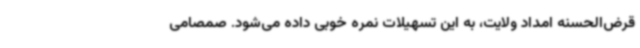
قرض‌الحسنه امداد ولایت، به این تسهیلات نمره خوبی داده می‌شود. صمصامی